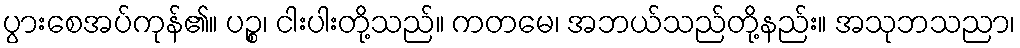
ပွားစေအပ်ကုန်၏။ ပဉ္စ၊ ငါးပါးတို့သည်။ ကတမေ၊ အဘယ်သည်တို့နည်း။ အသုဘသညာ၊